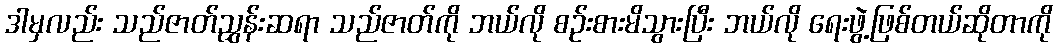
ဒါမှလည်း သည်ဇာတ်ညွှန်းဆရာ သည်ဇာတ်ကို ဘယ်လို စဉ်းစားမိသွားပြီး ဘယ်လို ရေးဖွဲ့ဖြစ်တယ်ဆိုတာကို